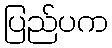
ပြည်ပက